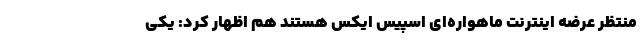
منتظر عرضه‌ اینترنت ماهواره‌ای اسپیس ایکس هستند هم اظهار کرد: یکی